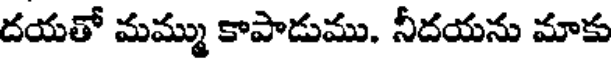
దయతో మమ్ము కాపాడుము. నీదయను మాకు